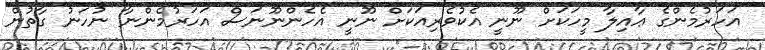
އަހަރުމެންގެ ޢާއިލާ މީހަކަށް ނޫނީ އެކުވެރިއަކަށް ނޫނީ އެހެންނޫނަސް އަހަރުމެންނާ ނުހަނު ގާތުން